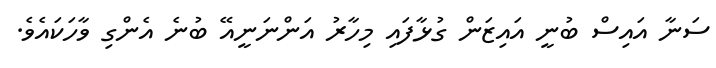
ސަނާ އައިސް ބުނީ އައިޒަން ގުޅާފައި މިހާރު އަންނަނީއޭ ބުނެ އެންގި ވާހަކައެވެ.